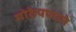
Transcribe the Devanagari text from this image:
मोठेपणाने